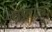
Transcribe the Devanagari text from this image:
तप्तांची